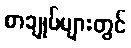
စာချုပ်များတွင်